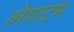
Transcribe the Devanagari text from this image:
लेगाटम